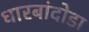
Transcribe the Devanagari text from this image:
धारबांदोडा